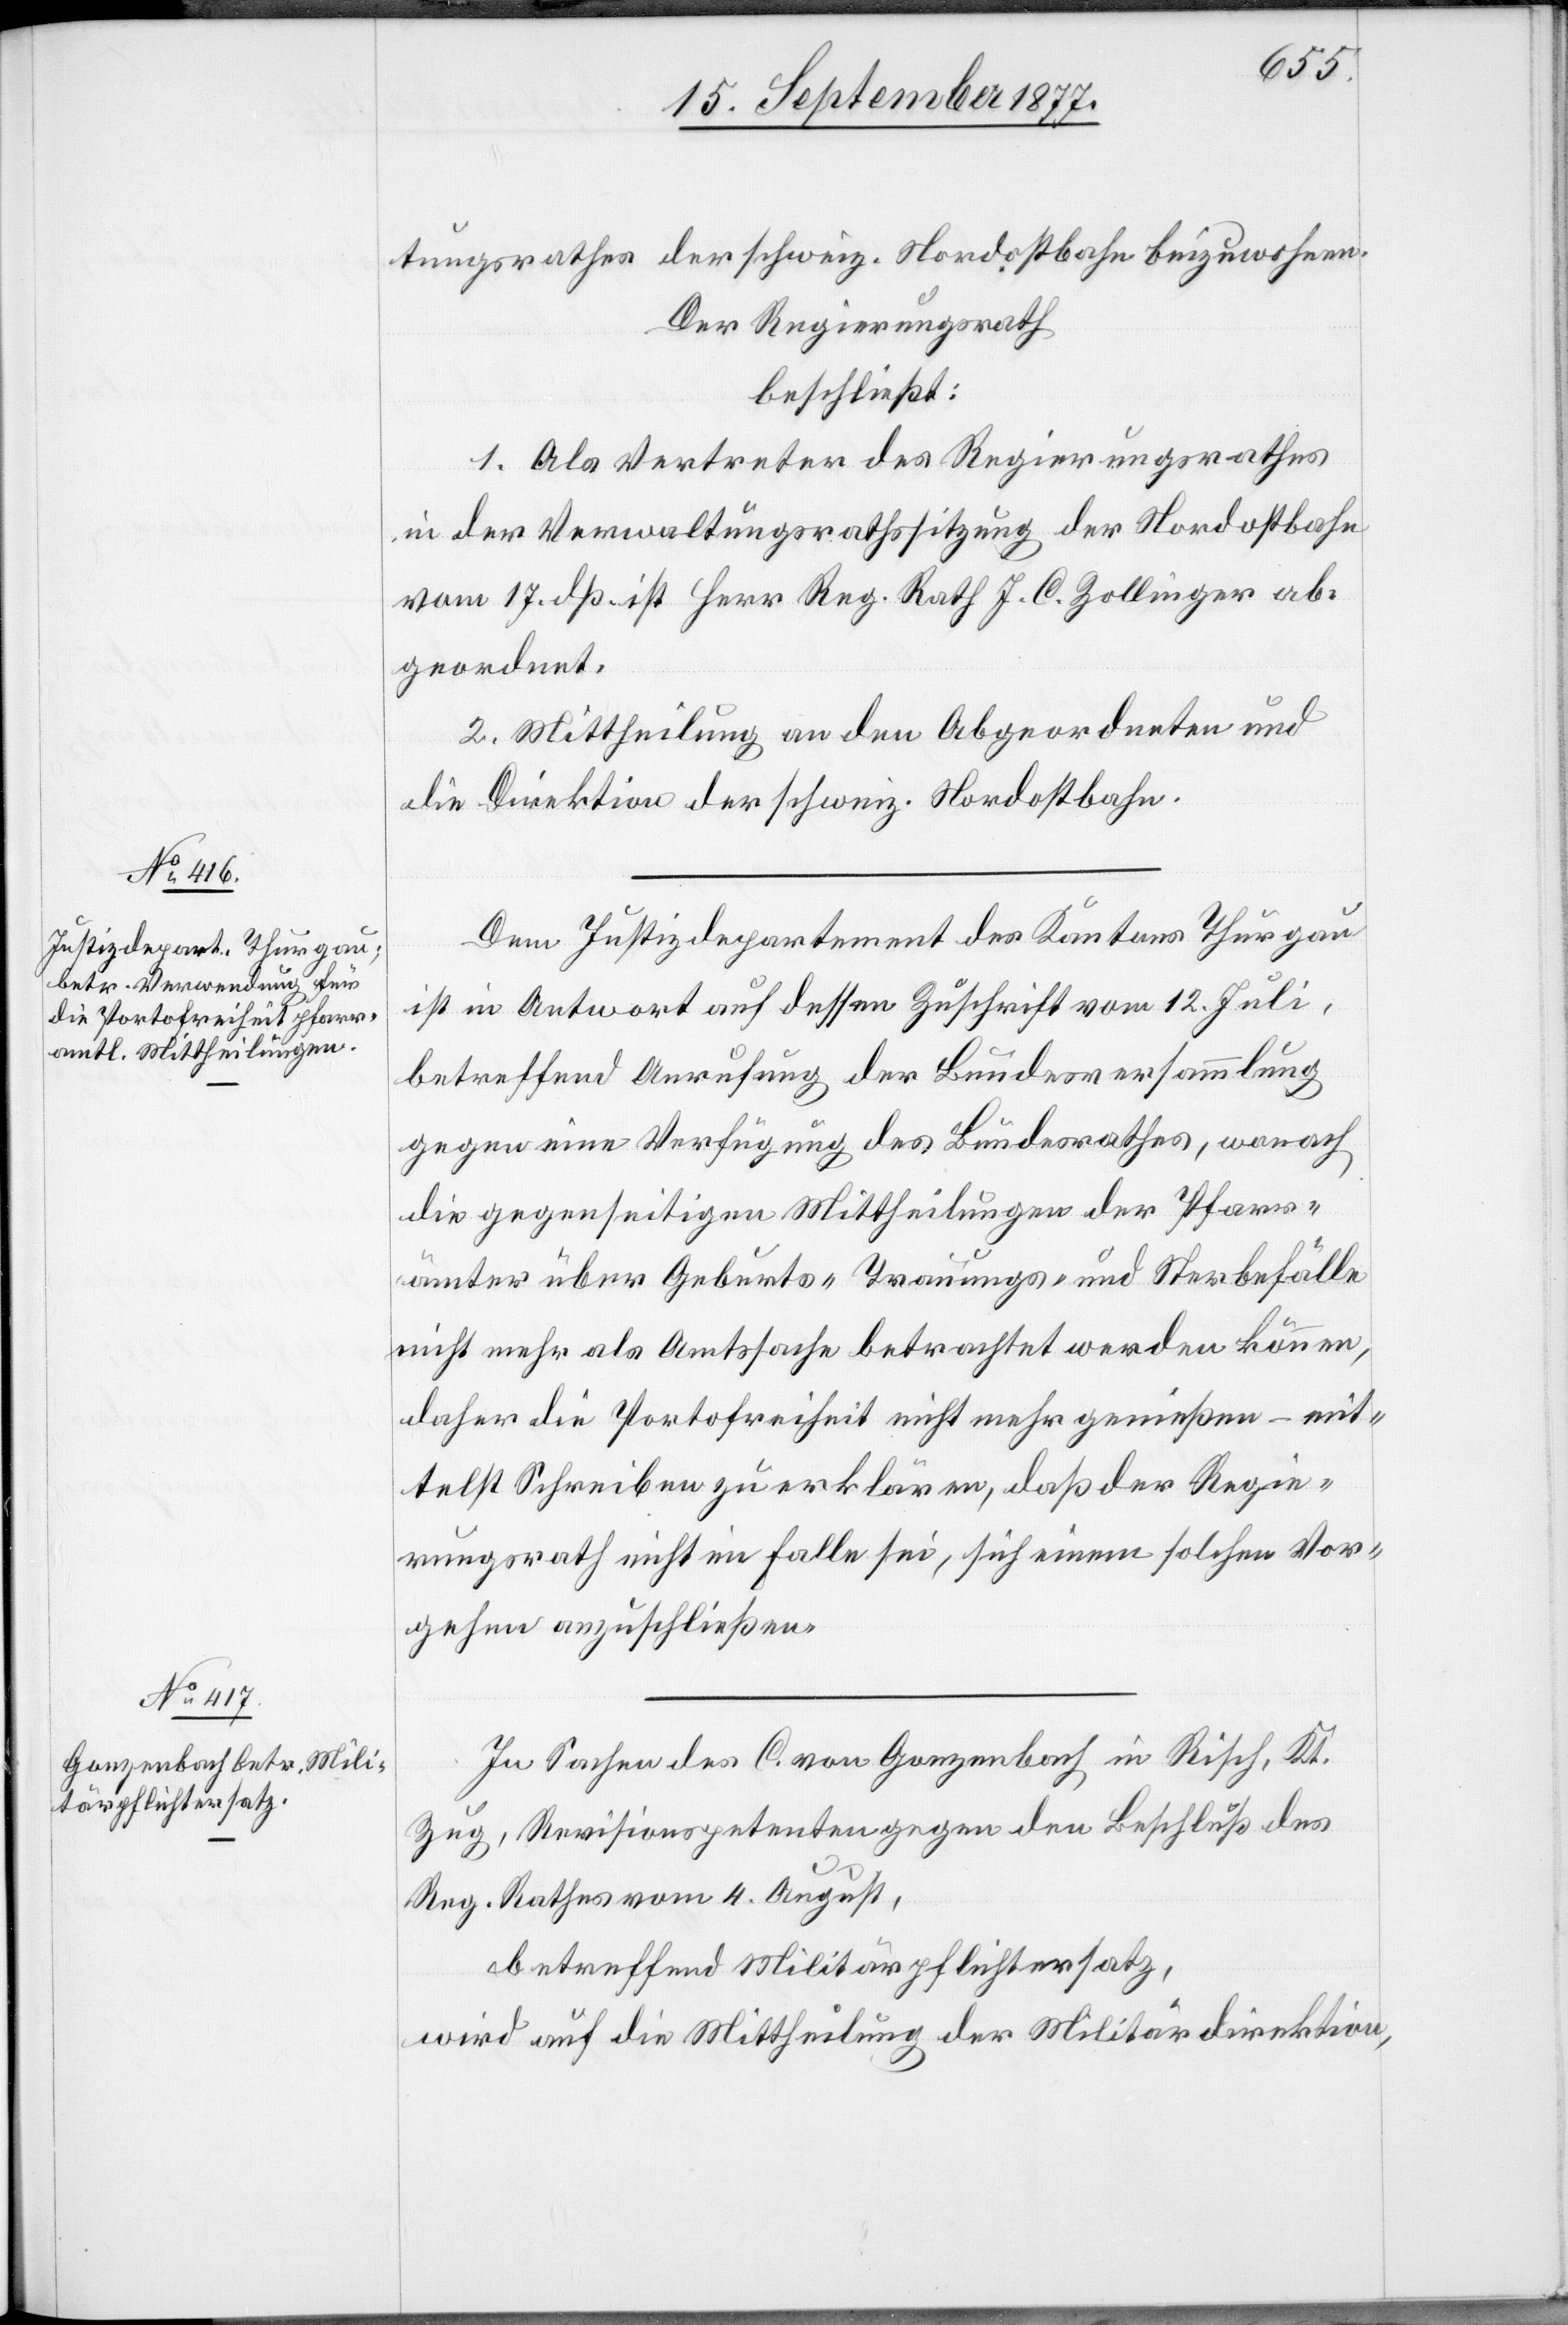
tungsrathes der schweiz. Nordostbahn beizuwohnen.
Der Regierungsrath
beschließt:
1. Als Vertreter des Regierungsrathes
in der Verwaltungsrathssitzung der Nordostbahn
vom 17. dß. ist Herr Reg. Rath J. C. Zollinger ab¬
geordnet.
2. Mittheilung an den Abgeordneten und
die Direktion der schweiz. Nordostbahn.
Dem Justizdepartement des Kantons Thurgau
ist in Antwort auf dessen Zuschrift vom 12. Juli,
betreffend Anrufung der Bundesversammlung
gegen eine Verfügung des Bundesrathes, wonach
die gegenseitigen Mittheilungen der Pfarr¬
ämter über Geburts-[,] Trauungs- und Sterbefälle
nicht mehr als Amtssache betrachtet werden können,
daher die Portofreiheit nicht mehr genießen – mit¬
telst Schreiben zu erklären, daß der Regie¬
rungsrath nicht im Falle sei, sich einem solchen Vor¬
gehen anzuschließen.
In Sachen des C. von Gonzenbach in Risch, Kt.
Zug, Revisionspetenten gegen den Beschluß des
Reg. Rathes vom 4. August,
betreffend Militärpflichtersatz,
wird auf die Mittheilung der Militärdirektion,